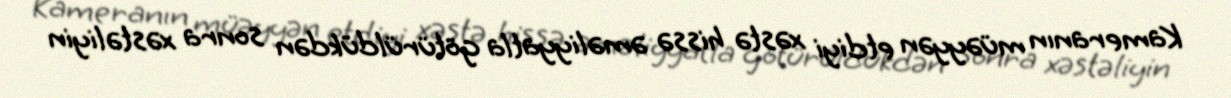
Kameranın müəyyən etdiyi xəstə hissə əməliyyatla götürüldükdən sonra xəstəliyin